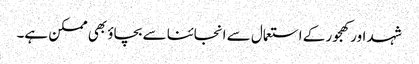
شہد اور کھجور کے استعمال سے انجائنا سے بچاؤ بھی ممکن ہے۔